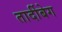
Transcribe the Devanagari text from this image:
तार्दीबेग